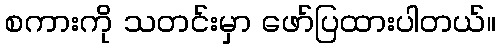
စကားကို သတင်းမှာ ဖော်ပြထားပါတယ်။